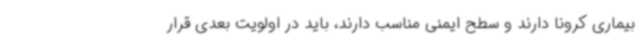
بیماری کرونا دارند و سطح ایمنی مناسب دارند، باید در اولویت بعدی قرار